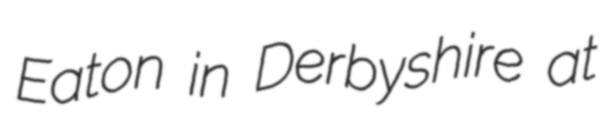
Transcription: Eaton in Derbyshire at